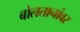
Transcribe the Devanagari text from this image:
बोलतानांवर